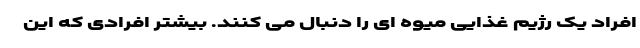
افراد یک رژیم غذایی میوه ای را دنبال می کنند. بیشتر افرادی که این